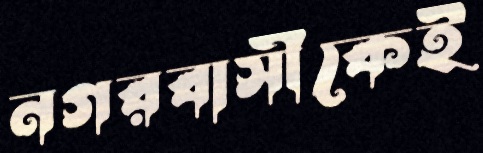
নগরবাসীকেই